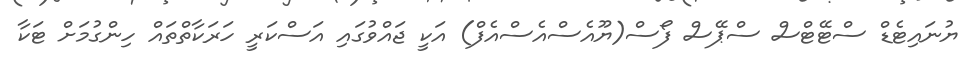
ޔުނައިޓެޑް ސްޓޭޓްސް ސްޕޭސް ފޯސް(ޔޫއެސްއެސްއެފް) އަކީ ޖައްވުގައި އަސްކަރީ ހަރަކާތްތައް ހިންގުމަށް ޓަކާ